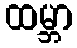
ထမ္ဘာ